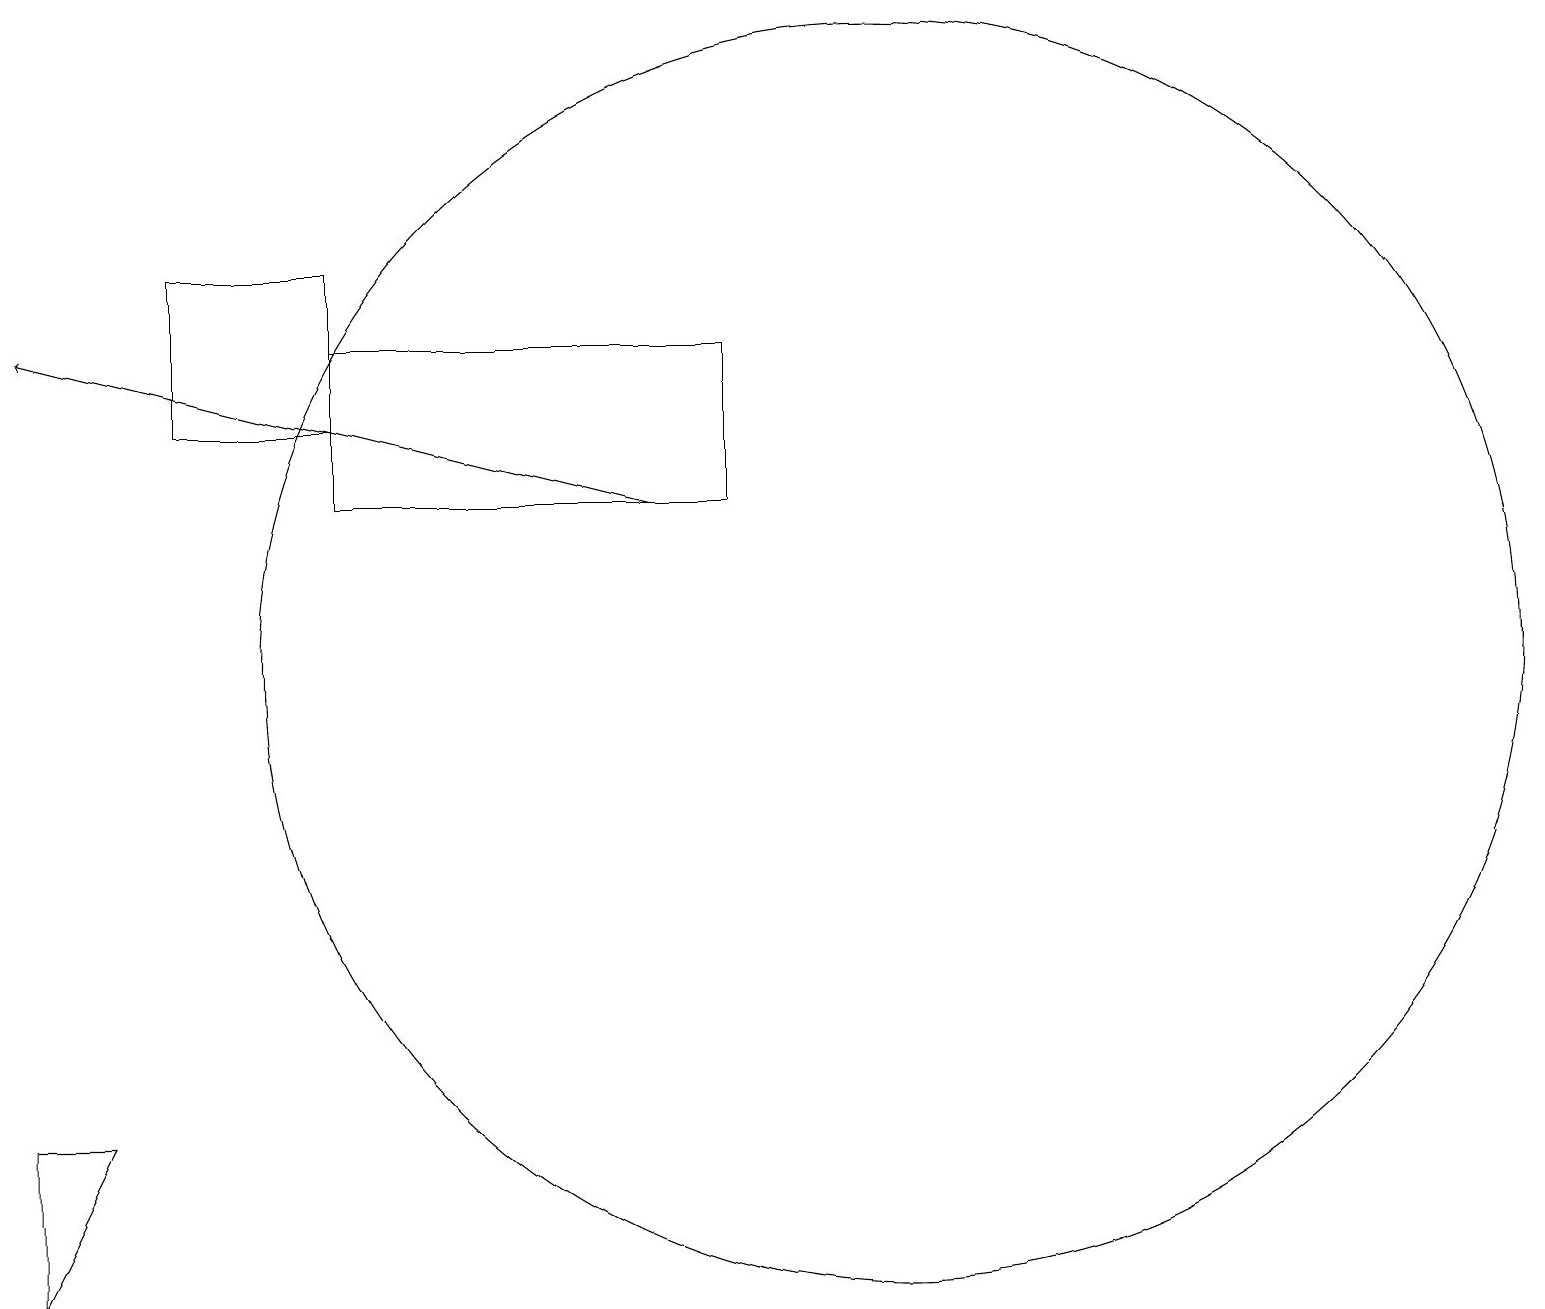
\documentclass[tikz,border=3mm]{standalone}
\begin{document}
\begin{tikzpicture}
\draw (9,14) rectangle (4,12);
\draw (4,13) rectangle (2,15);
\draw (1,4) -- (0,4) -- (0,2) -- cycle;
\draw (11,10) circle (8);
\draw[->] (8,12) -- (0,14);
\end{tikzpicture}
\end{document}